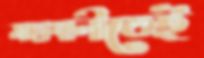
মহাখালীতেই